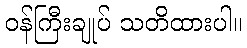
ဝန်ကြီးချုပ် သတိထားပါ။